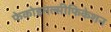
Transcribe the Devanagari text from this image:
फेकोइमल्सीफिकेशन